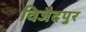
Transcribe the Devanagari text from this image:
विजैदपुर